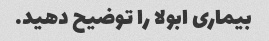
بیماری ابولا را توضیح دهید.